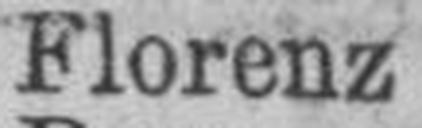
Florenz